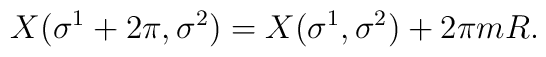
X(\sigma^1+2\pi, \sigma^2) = 		X(\sigma^1, \sigma^2) + 2\pi m R.